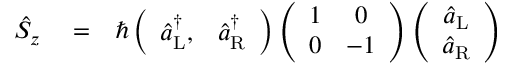
\begin{array} { r l r } { \hat { S } _ { z } } & { { } = } & { \hbar \left( \begin{array} { c c } { \hat { a } _ { \mathrm { L } } ^ { \dagger } , } & { \hat { a } _ { \mathrm { R } } ^ { \dagger } } \end{array} \right) \left( \begin{array} { c c } { 1 } & { 0 } \\ { 0 } & { - 1 } \end{array} \right) \left( \begin{array} { c } { \hat { a } _ { \mathrm { L } } } \\ { \hat { a } _ { \mathrm { R } } } \end{array} \right) } \end{array}